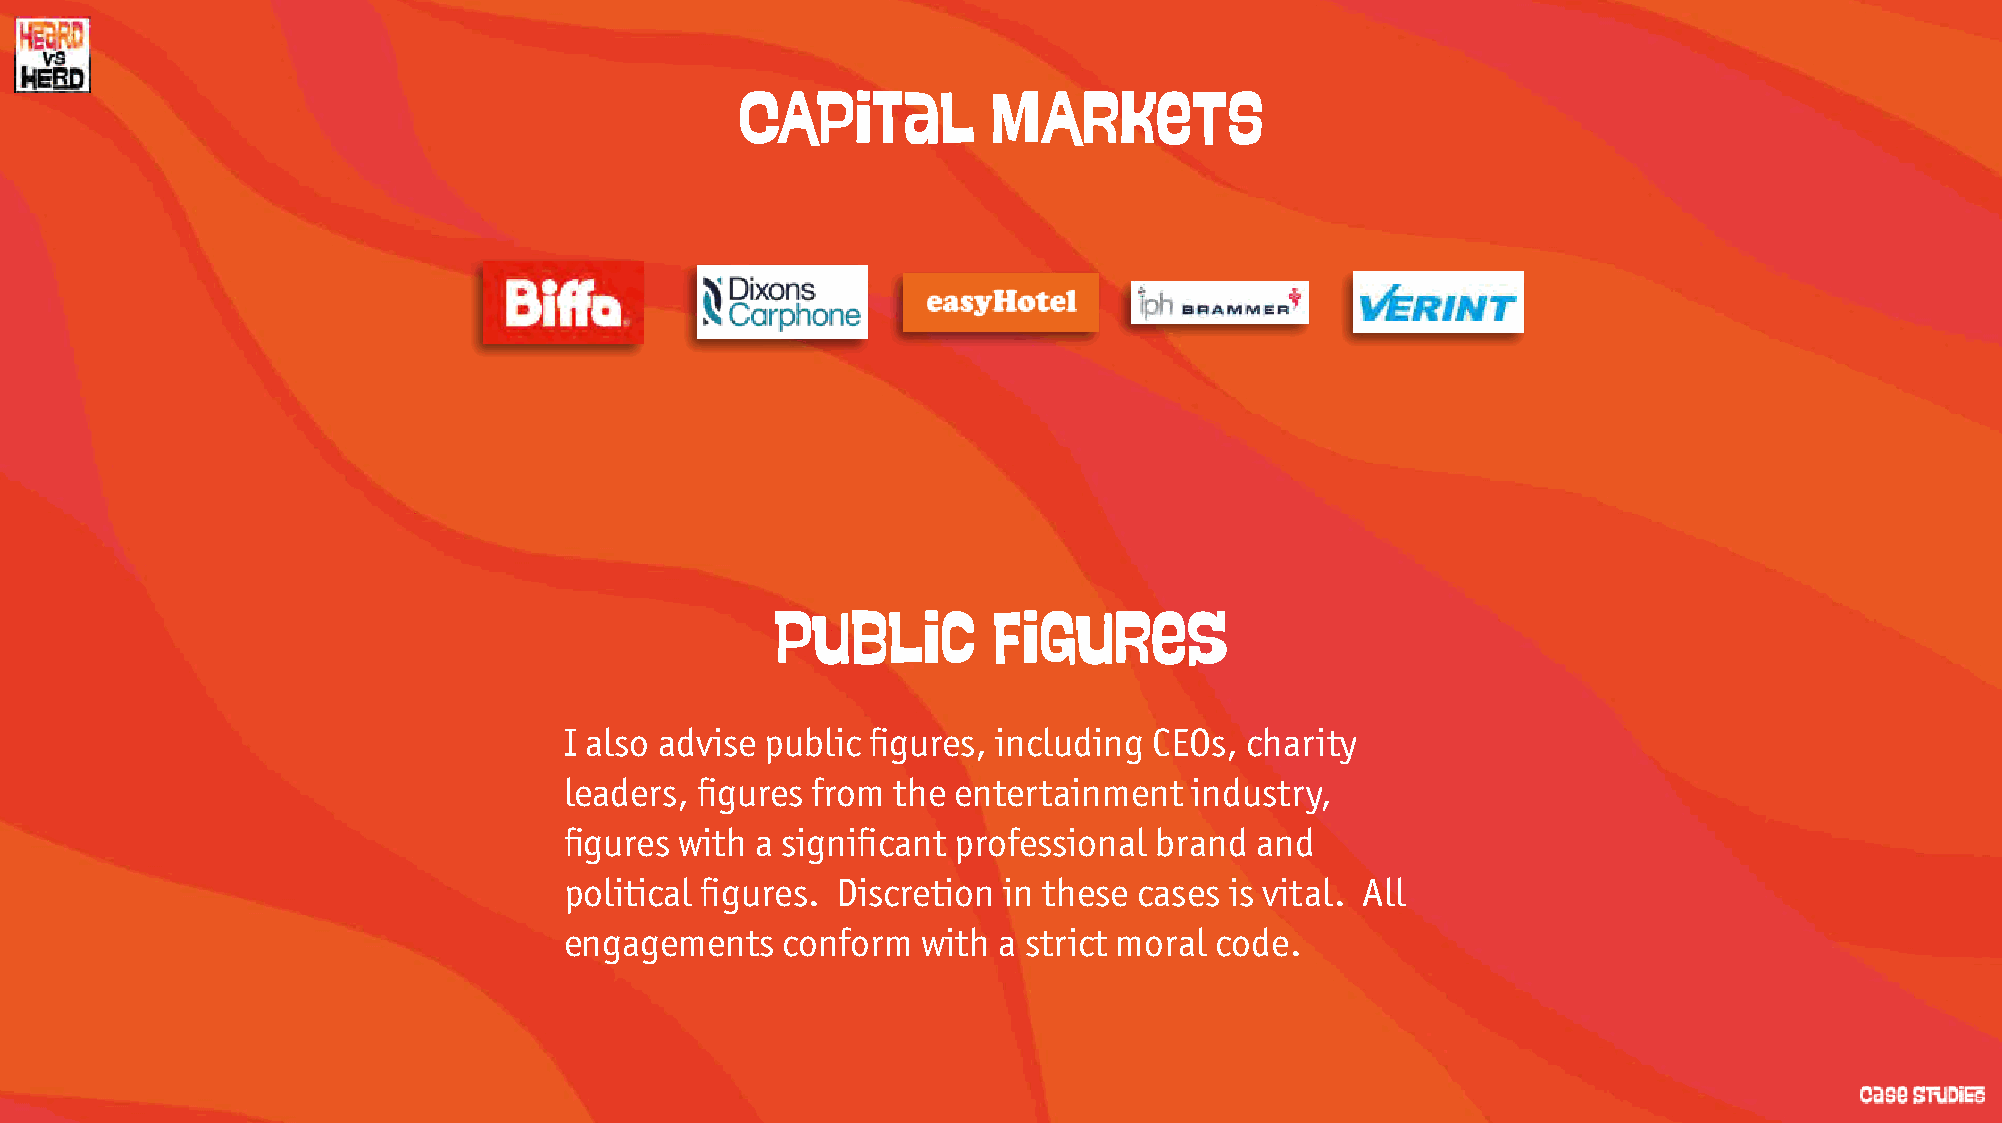
CAPital          MARkeTS
 Public         figuRes
 I also advise public figures, including CEOs, charity
 leaders, figures from the entertainment   industry,
 figures with a significant professional brand and
 political figures. Discretion in these cases is vital. All
 engagements    conform  with a strict moral code.